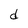
Character: d